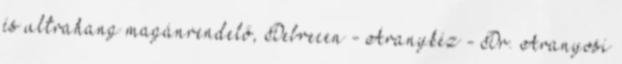
és ultrahang magánrendelő, Debrecen - Aranykéz - Dr. Aranyosi